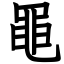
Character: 黽